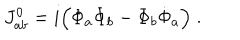
LaTeX: J _ { a b } ^ { 0 } = i \Big ( \Phi _ { a } \dot { \Phi } _ { b } - \Phi _ { b } \dot { \Phi } _ { a } \Big ) \; .